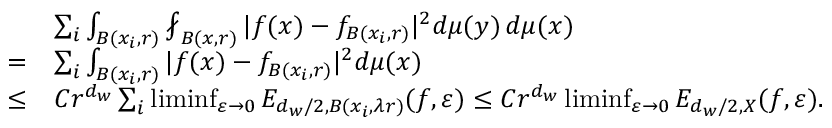
\begin{array} { r l } & { \sum _ { i } \int _ { B ( x _ { i } , r ) } \fint _ { B ( x , r ) } | f ( x ) - f _ { B ( x _ { i } , r ) } | ^ { 2 } d \mu ( y ) \, d \mu ( x ) } \\ { = } & { \sum _ { i } \int _ { B ( x _ { i } , r ) } | f ( x ) - f _ { B ( x _ { i } , r ) } | ^ { 2 } d \mu ( x ) } \\ { \le } & { C r ^ { d _ { w } } \sum _ { i } \operatorname* { l i m i n f } _ { \varepsilon \to 0 } E _ { d _ { w } / 2 , B ( x _ { i } , \lambda r ) } ( f , \varepsilon ) \le C r ^ { d _ { w } } \operatorname* { l i m i n f } _ { \varepsilon \to 0 } E _ { d _ { w } / 2 , X } ( f , \varepsilon ) . } \end{array}